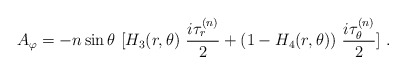
\begin{align*}A_\varphi = -n \sin \theta \ [ H_3(r,\theta) \ \frac{i \tau_{r}^{(n)}}{2} +(1 - H_4(r,\theta)) \ \frac{i \tau_{\theta}^{(n)}}{2}] \ . \end{align*}